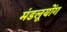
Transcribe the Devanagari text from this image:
मंडलूयोंग